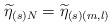
LaTeX: \begin{align*}\widetilde{\eta }_{(s)N}=\widetilde{\eta }_{(s)(m,l)}\end{align*}